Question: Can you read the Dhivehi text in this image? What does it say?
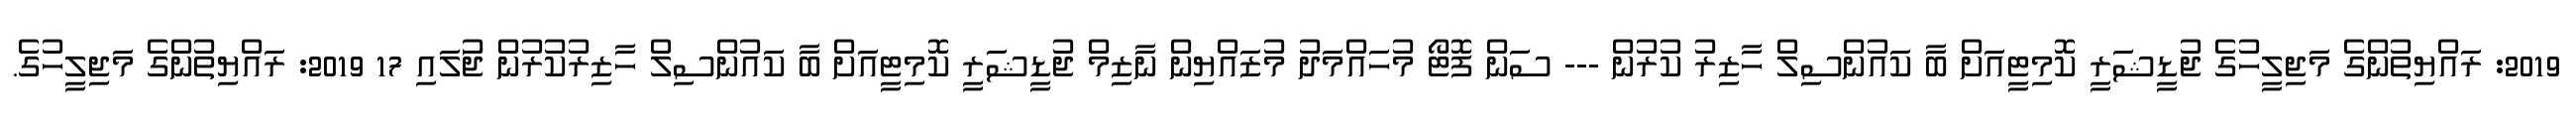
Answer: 2019: ރައްޔިތުންގެ މަޖިލީހުގެ ޖުޑީޝަރީ ކޮމިޓީއަށް ބާ ކައުންސިލް ހާޒިރު ކުރުން --- ސަން ފޮޓޯ މުހައްމަދު މުޒައްޔިން ނާޒިމް ޖުޑީޝަރީ ކޮމިޓީއަށް ބާ ކައުންސިލް ހާޒިރުކުރުން ޖުަލައި 17 2019: ރައްޔިތުންގެ މަޖިލީހުގެ.